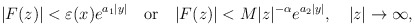
\begin{align*}\vert F(z)\vert <\varepsilon (x)e^{a_1\vert y\vert }\quad \textrm{or} \quad \vert F(z)\vert <M\vert z\vert ^{-\alpha }e^{a_2\vert y\vert },\quad \vert z\vert \to \infty, \end{align*}